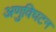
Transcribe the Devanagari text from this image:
अणुविघटन